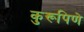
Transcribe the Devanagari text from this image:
कुरूपिणे